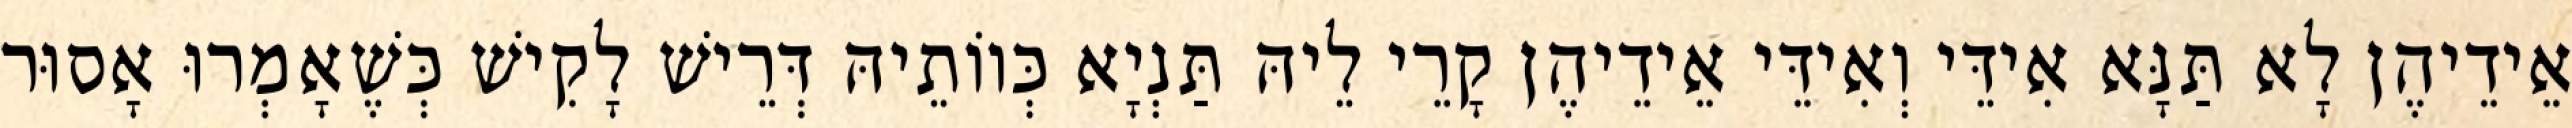
אֵידֵיהֶן לָא תַּנָּא אִידֵּי וְאִידֵּי אֵידֵיהֶן קָרֵי לֵיהּ תַּנְיָא כְּווֹתֵיהּ דְּרֵישׁ לָקִישׁ כְּשֶׁאָמְרוּ אָסוּר